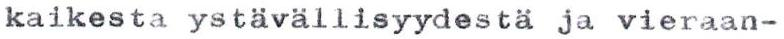
kaikesta ystävällisyydestä ja vieraan-